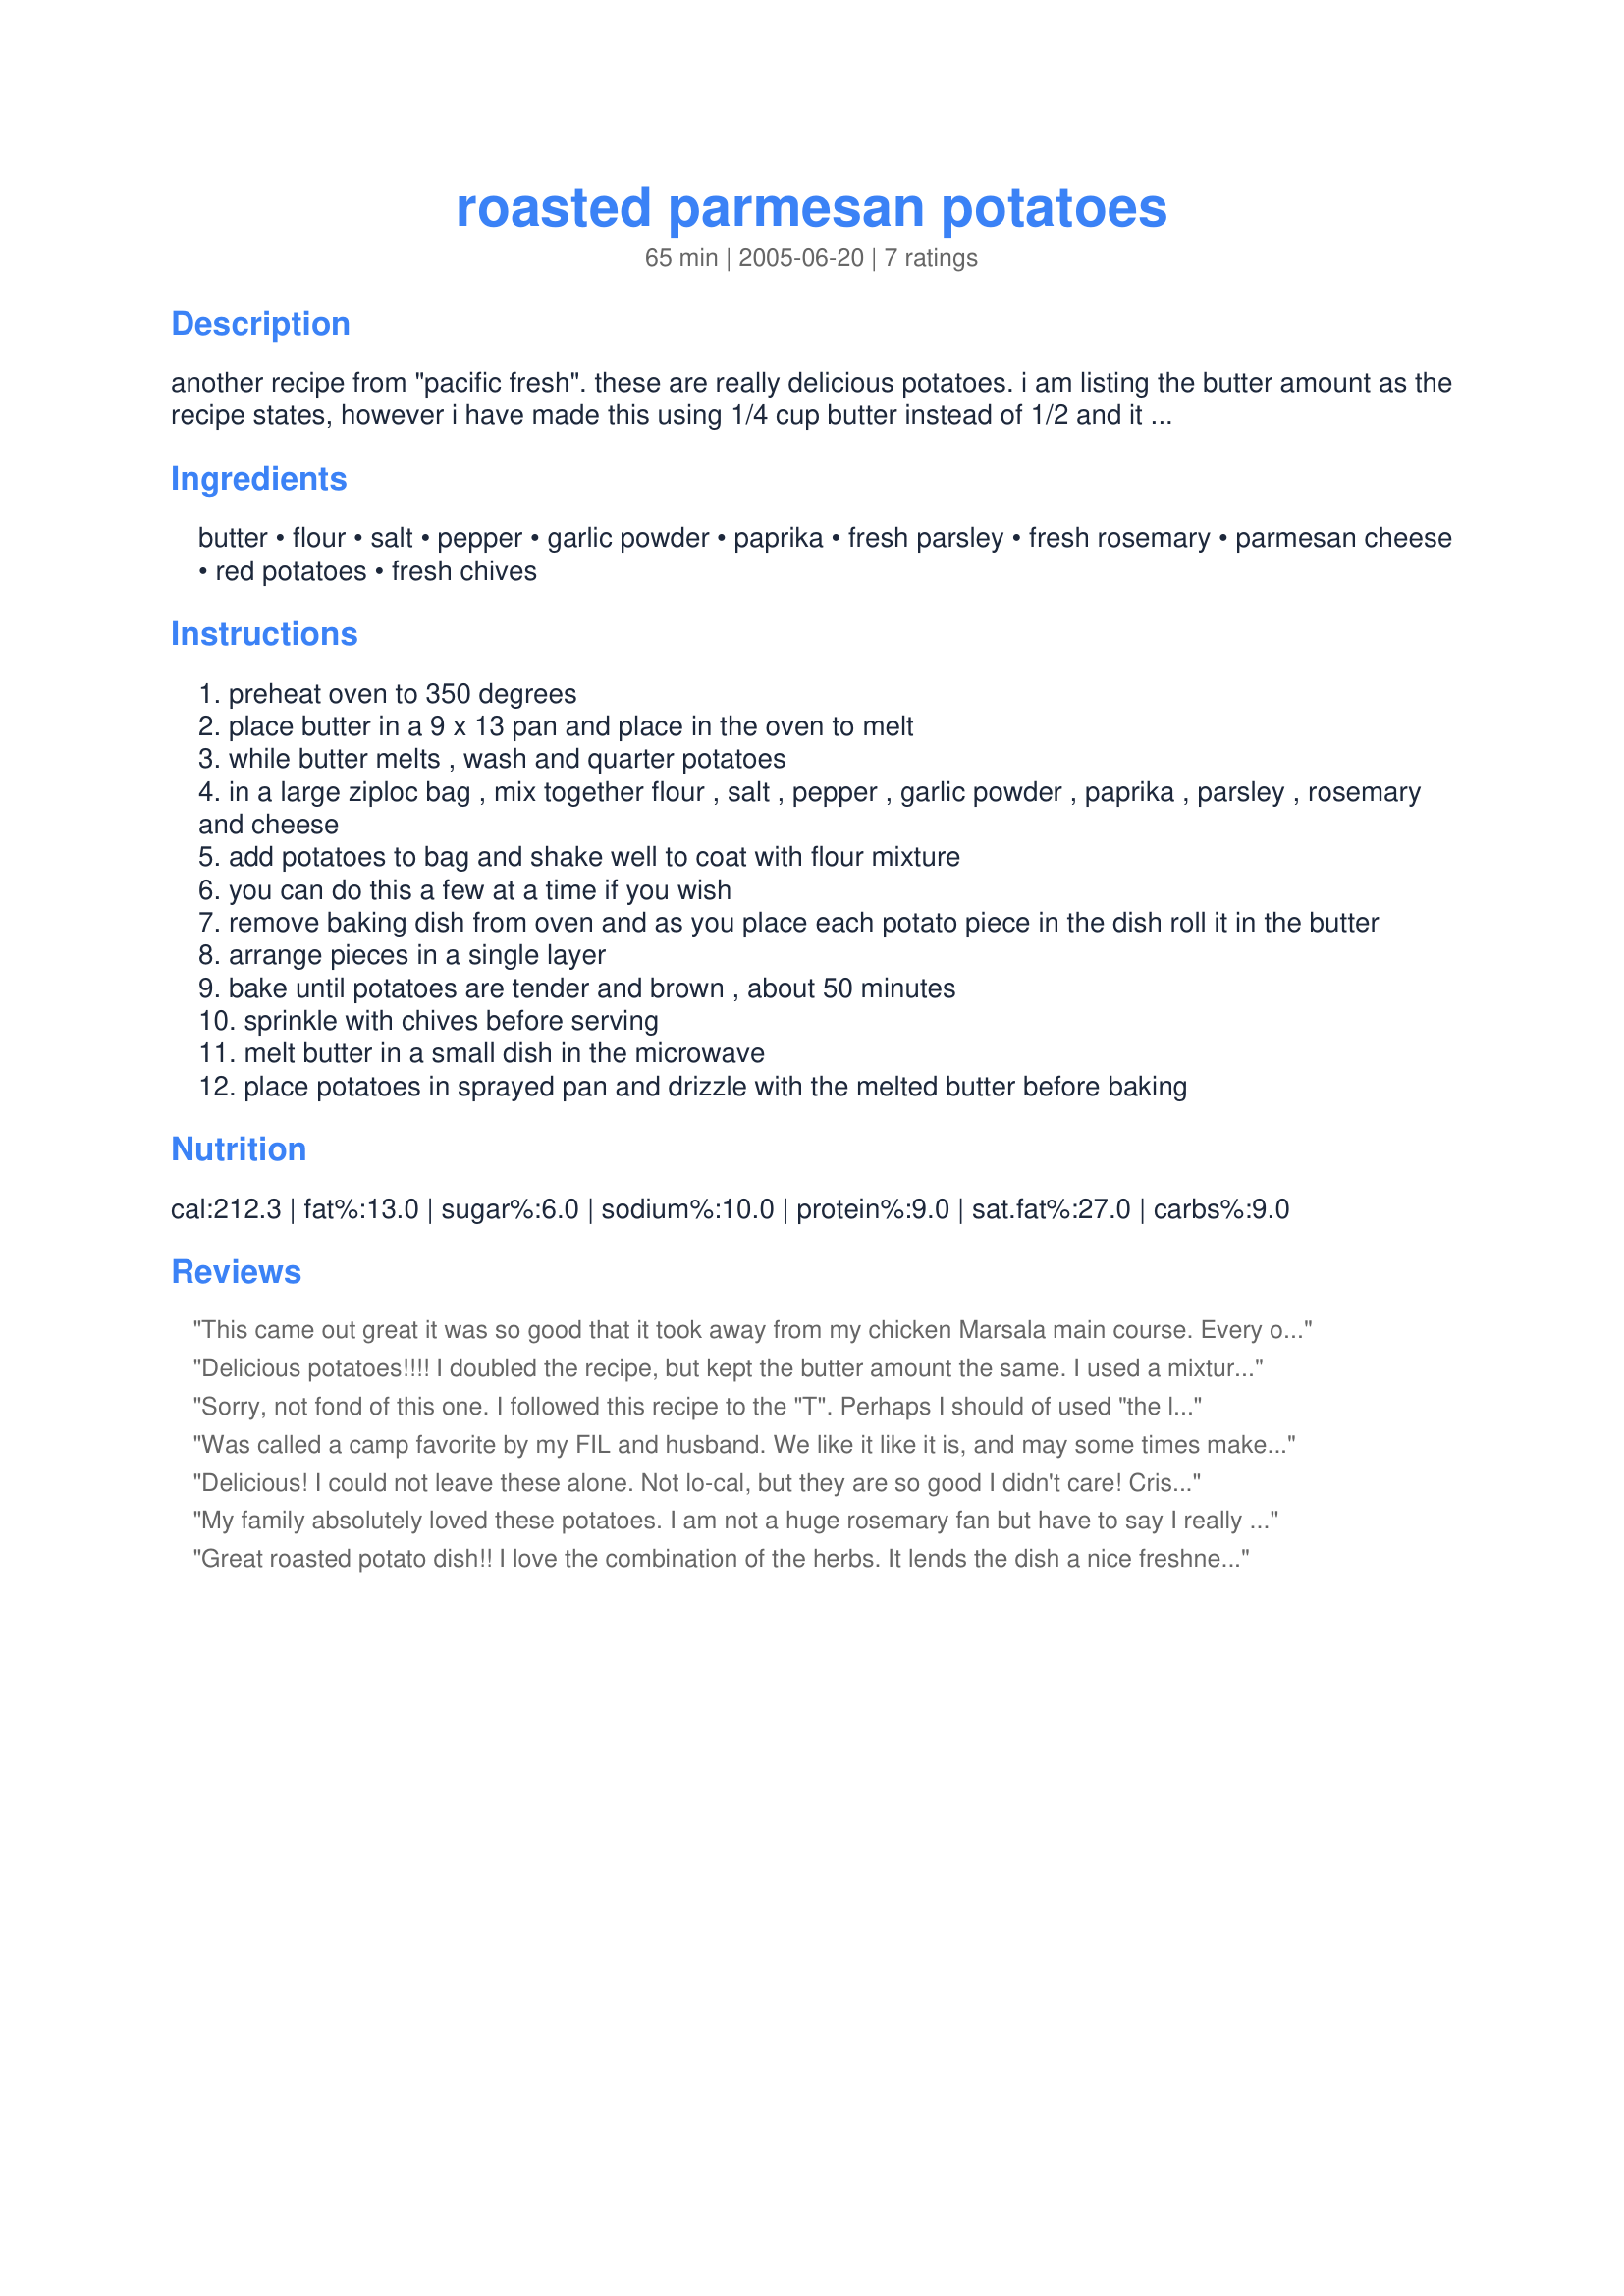
roasted parmesan potatoes
Preparation time: 65 minutes

another recipe from "pacific fresh". these are really delicious potatoes. i am listing the butter amount as the recipe states, however i have made this using 1/4 cup butter instead of 1/2 and it turns out fine.

Ingredients:
butter, flour, salt, pepper, garlic powder, paprika, fresh parsley, fresh rosemary, parmesan cheese, red potatoes, fresh chives

Steps:
preheat oven to 350 degrees
place butter in a 9 x 13 pan and place in the oven to melt
while butter melts , wash and quarter potatoes
in a large ziploc bag , mix together flour , salt , pepper , garlic powder , paprika , parsley , rosemary and cheese
add potatoes to bag and shake well to coat with flour mixture
you can do this a few at a time if you wish
remove baking dish from oven and as you place each potato piece in the dish roll it in the butter
arrange pieces in a single layer
bake until potatoes are tender and brown , about 50 minutes
sprinkle with chives before serving
melt butter in a small dish in the microwave
place potatoes in sprayed pan and drizzle with the melted butter before baking

Reviews:
This came out great it was so good that it took away from my chicken Marsala main course. Every one loved them and I will make this in the near future!!!!
Delicious potatoes!!!! I doubled the recipe, but kept the butter amount the same. I used a mixture of white, red and purple potatoes. They were scarfed down!!!!! The flour gives them a nice crunchy coating!
Sorry, not fond of this one. I followed this recipe to the "T". Perhaps I should of used "the less butter" version as this was too greasy.
Was called a camp favorite by my FIL and husband. We like it like it is, and may some times make it with more garlic and without the rosemary. It's a keeper either way! JillAZ always has the best recipes!
Delicious! I could not leave these alone. Not lo-cal, but they are so good I didn't care! Crispy and tasty. Thanks.
My family absolutely loved these potatoes. I am not a huge rosemary fan but have to say I really liked it on these potatoes. Fresh rosemary makes all the difference. We will be enjoying these lovelies again. Thanks for sharing your recipe.
Great roasted potato dish!! I love the combination of the herbs. It lends the dish a nice freshness. I really do think that freshly grated parmesan is a must. I could really taste and appreciate the quality of the cheese. I used the full amount of butter, added 2 potatoes and thought it was perfect. Thanks!!
